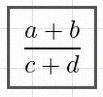
\frac{a+b}{c+d}